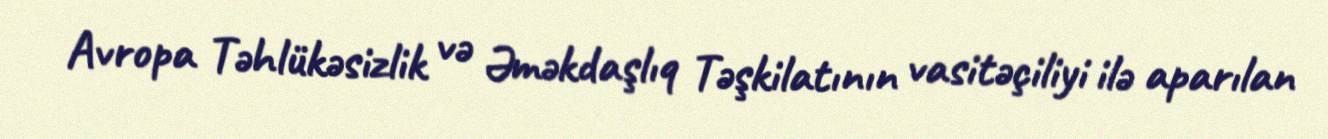
Avropa Təhlükəsizlik və Əməkdaşlıq Təşkilatının vasitəçiliyi ilə aparılan